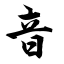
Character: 音